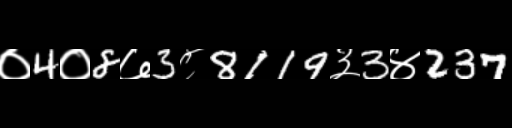
Text: ०4०8७3८8119३3४237